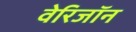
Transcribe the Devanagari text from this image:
वेरिजॉन